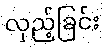
လှည့်ခြင်း